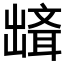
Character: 𰄘